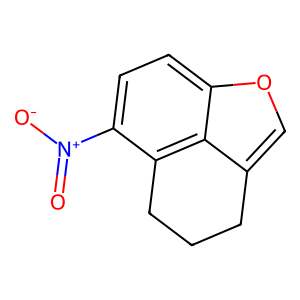
SMILES: O=[N+]([O-])c1ccc2occ3c2c1CCC3
Inhibits HIV replication: Yes